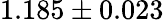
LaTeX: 1.185\pm 0.023